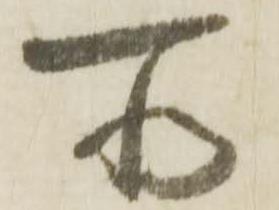
所